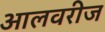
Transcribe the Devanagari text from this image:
आलवरीज